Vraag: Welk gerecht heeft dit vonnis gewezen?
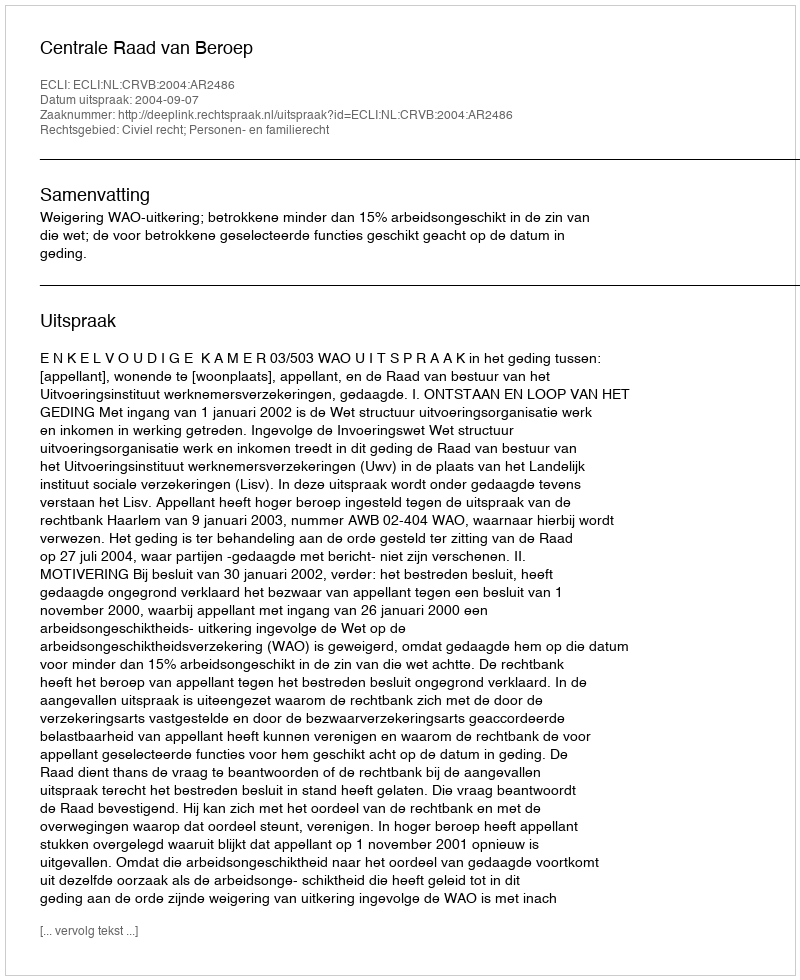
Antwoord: Centrale Raad van Beroep